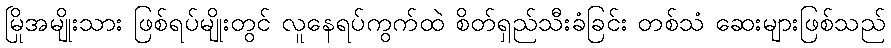
မြိုအမျိုးသား ဖြစ်ရပ်မျိုးတွင် လူနေရပ်ကွက်ထဲ စိတ်ရှည်သီးခံခြင်း တစ်သံ ဆေးများဖြစ်သည်